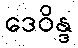
ဒေဝိန္ဒ